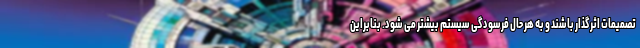
تصمیمات اثرگذار باشند و به هر حال فرسودگی سیستم بیشتر می شود. بنابراین